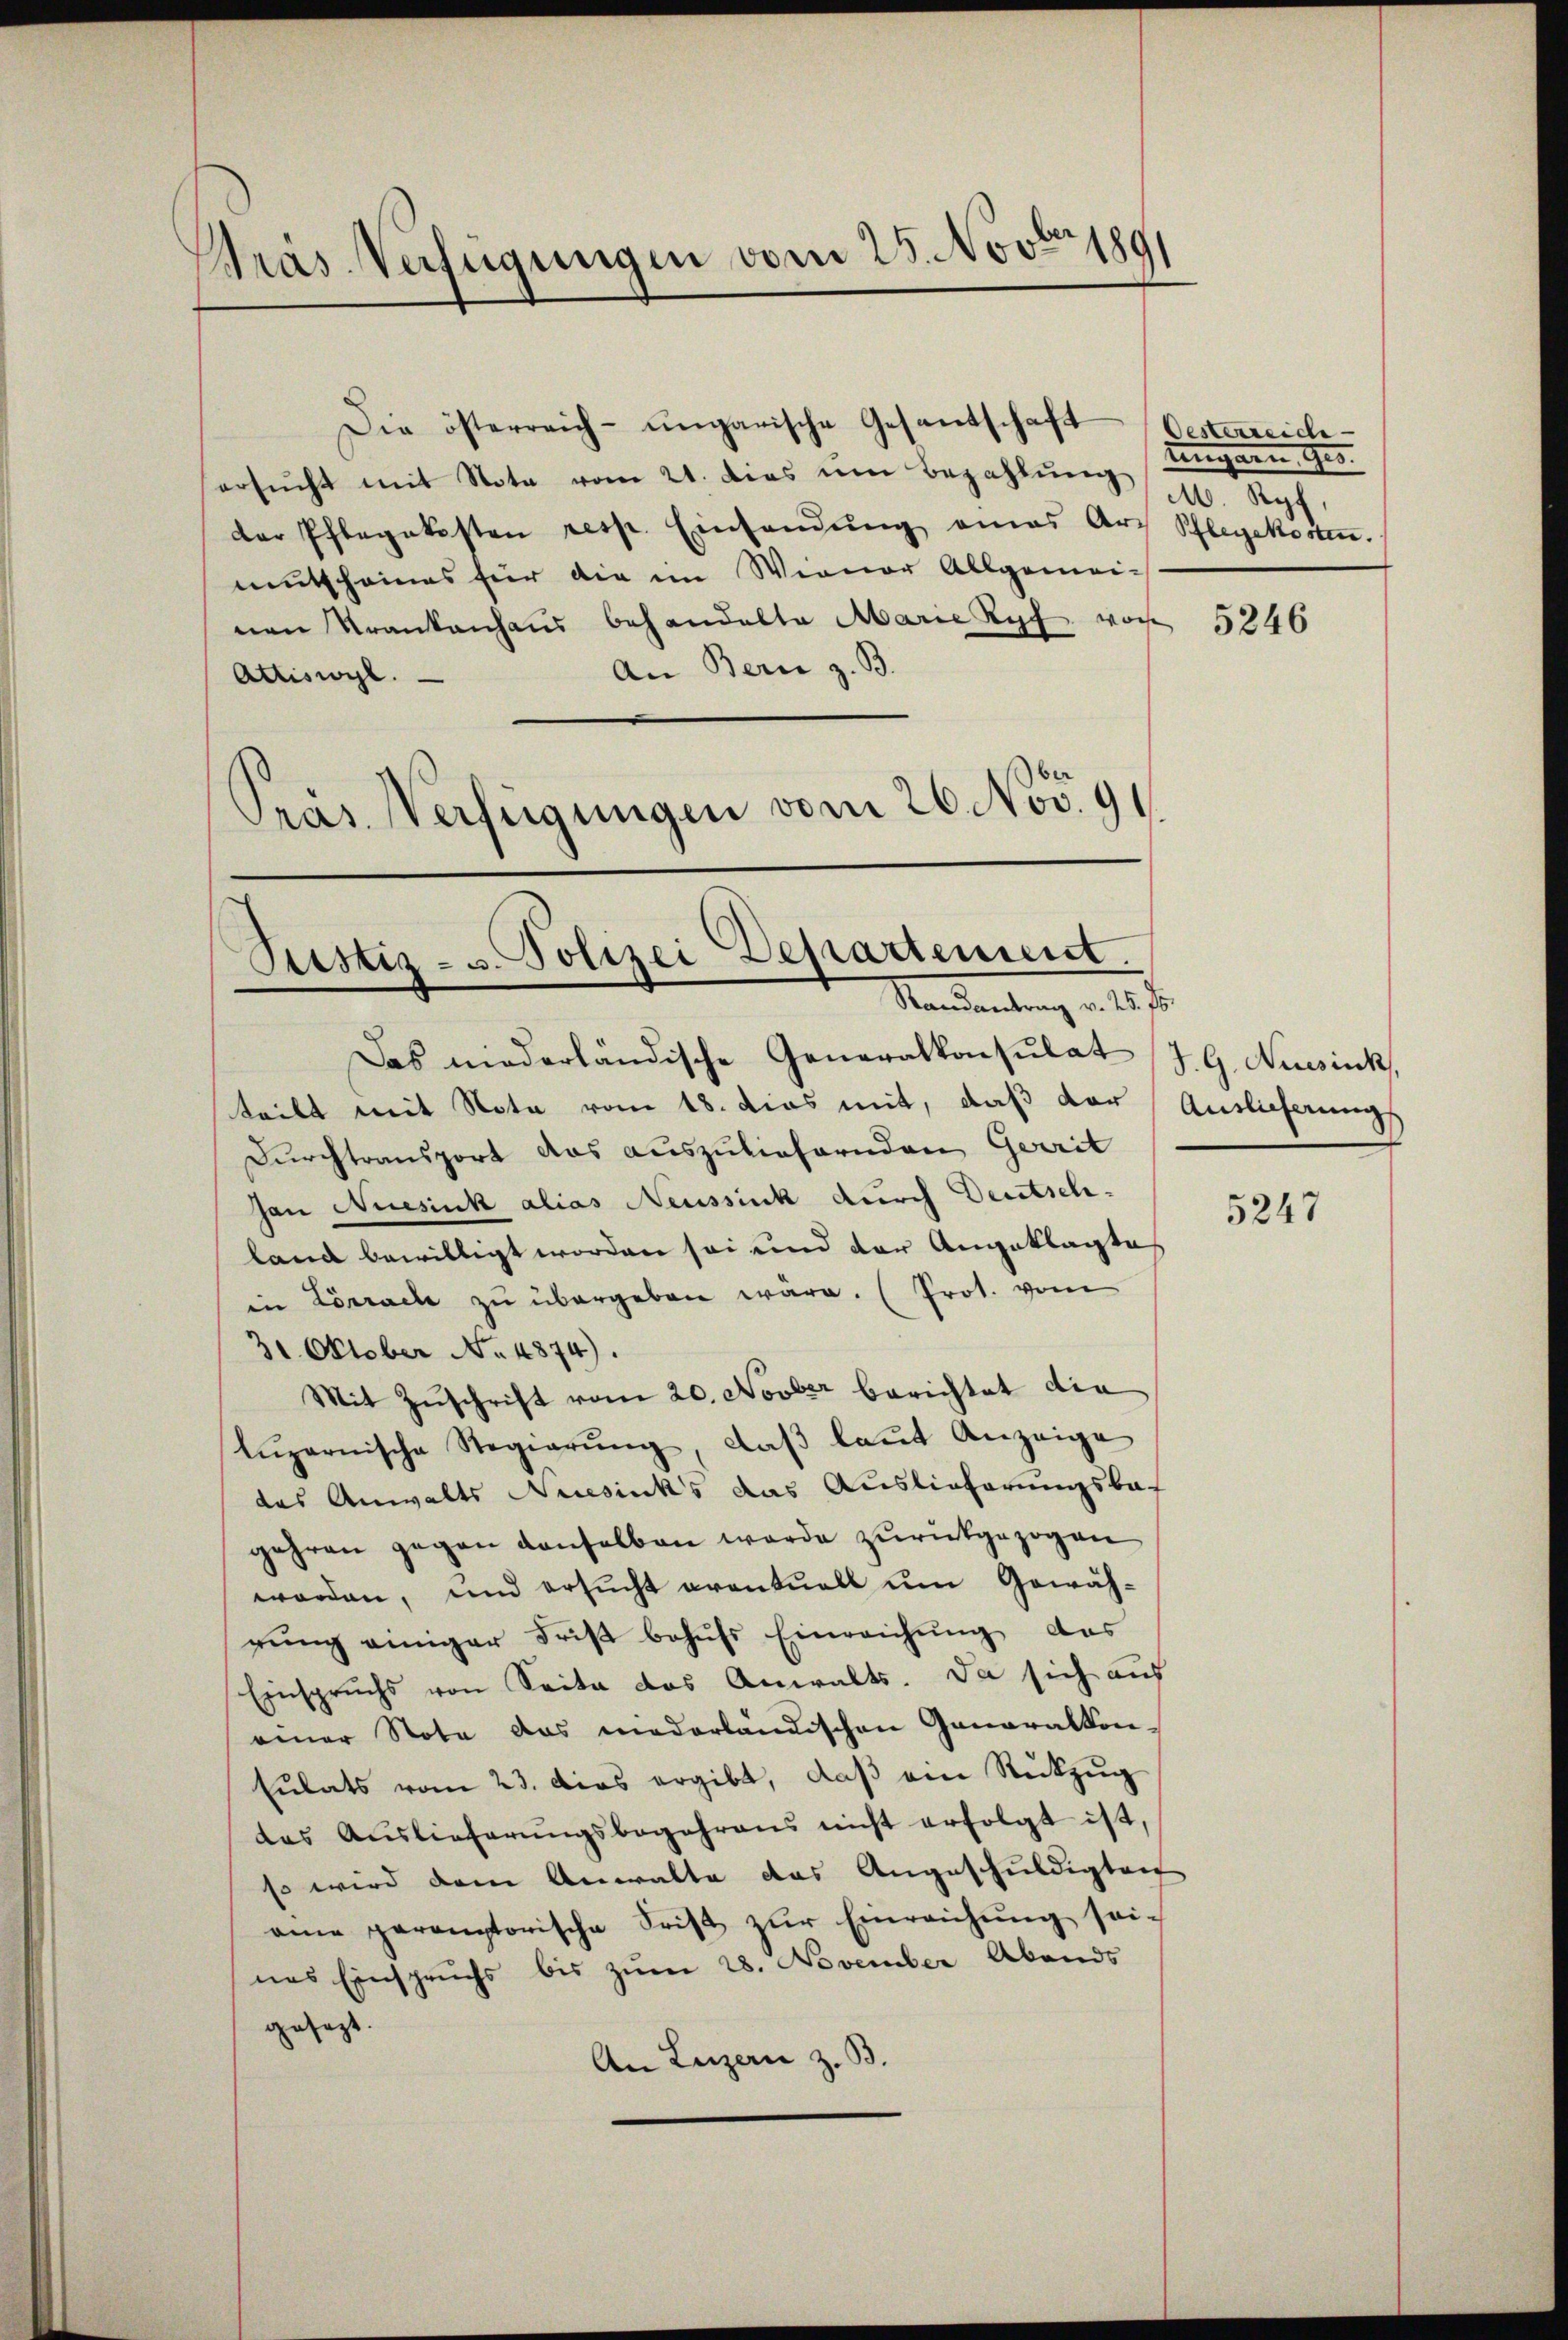
Präs. Verfügungen vom 25. Novbrzeg

Die österreich-ungarische Gesandschaft
ersŭcht mit Nota vom 21. dies im Bezahlŭng
der Pflegekosten resp. Einsendŭng amas Art Schlegekosten.
mutscheines für die im Wiener Allgemeinen Krankenhaus behandelte Marie Kopf woche
An Bern z. B.
Attiswyl.
Pras Verfügungen vom 26. Nov. 91

Justiz- u. Polizei Departement.
Mandantung d. 162.

Das niederländische Generalkonsulat J. G. Aussink,
teilt mit Note vom 18. dies mit, daß der Auslieferungs
Durchtransport das auszuliefernden Gerrit
Jan Neesiuk alias Neussich durch Deutsch-
land bewilligt worden sei und der Angeklagte
in Lörrach zŭ übergeben wäre. (Prot. vom
31. Oktober No. 4874).
Mit Zuschrift vom 20. Novber berichtet die
Lŭzernische Regierŭng, daβ laŭt Anzeige
das Anwalts Musicks das Auslieferungsbe-
gehren gegen denselben werde zurückgezogen
worden, und ersucht eventuell um Gewährŭng einiger Frist behŭfs Einreichŭng das
Einspruchs von Seite das Anwalts. Da sich aus
einer Nota das mederländischen Generalkon-
sŭlats vom 23. dies ergibt, daβ ein Rückzŭg
das Auslieferŭngsbegehrens nicht erfolgt ist,
so wird dem Anwalte das Angeschuldigten
amne paramptorische Frist zŭr Einreichŭng sei-
nes Einspruchs bis zŭm 28. November Abends
gesagte.
An Luzern z. B.

Oesterreiche
ungarn Ges.
M. Ryf,

5246

5247